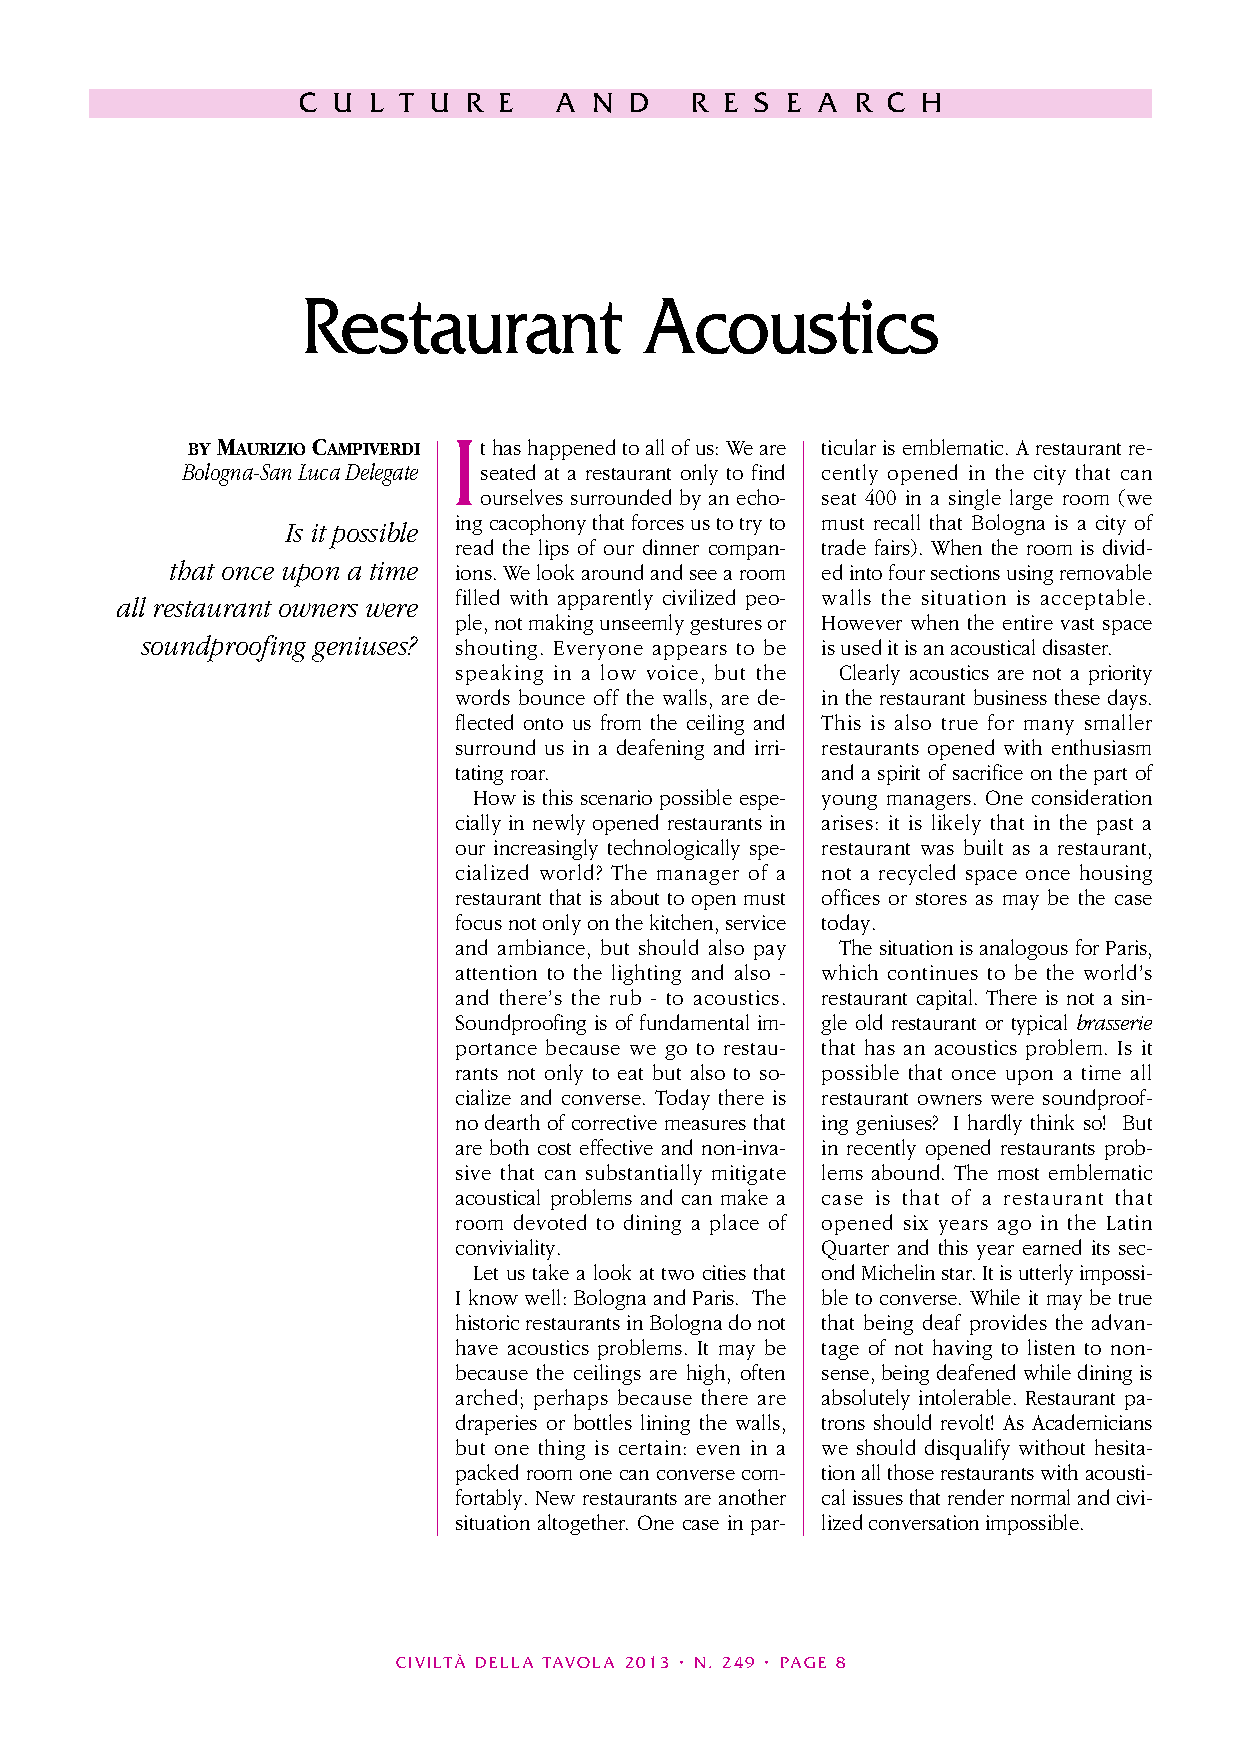
C U L T U  R E   A N  D   R E S E A  R C H
 Restaurant            Acoustics
 I
 BY MAURIZIO CAMPIVERDI t has happened to all of us: We are ticular is emblematic. A restaurant re-
 Bologna-San Luca Delegate seated at a restaurant only to find cently opened in the city that can
 ourselves surrounded by an echo- seat 400 in a single large room (we
 ing cacophony that forces us to try to must recall that Bologna is a city of
 Is it possible
 read the lips of our dinner compan- trade fairs). When the room is divid-
 that once upon a time ions. We look around and see a room ed into four sections using removable
 filled with apparently civilized peo- walls the situation is acceptable.
 all restaurant owners were
 ple, not making unseemly gestures or However when the entire vast space
 soundproofing geniuses? shouting. Everyone appears to be is used it is an acoustical disaster.
 speaking in a low voice, but the Clearly acoustics are not a priority
 words bounce off the walls, are de- in the restaurant business these days.
 flected onto us from the ceiling and This is also true for many smaller
 surround us in a deafening and irri- restaurants opened with enthusiasm
 tating roar.            and a spirit of sacrifice on the part of
 How is this scenario possible espe- young managers. One consideration
 cially in newly opened restaurants in arises: it is likely that in the past a
 our increasingly technologically spe- restaurant was built as a restaurant,
 cialized world? The manager of a not a recycled space once housing
 restaurant that is about to open must offices or stores as may be the case
 focus not only on the kitchen, service today.
 and ambiance, but should also pay The situation is analogous for Paris,
 attention to the lighting and also - which continues to be the world’s
 and there’s the rub - to acoustics. restaurant capital. There is not a sin-
 Soundproofing is of fundamental im- gle old restaurant or typical brasserie
 portance because we go to restau- that has an acoustics problem. Is it
 rants not only to eat but also to so- possible that once upon a time all
 cialize and converse. Today there is restaurant owners were soundproof-
 no dearth of corrective measures that ing geniuses? I hardly think so! But
 are both cost effective and non-inva- in recently opened restaurants prob-
 sive that can substantially mitigate lems abound. The most emblematic
 acoustical problems and can make a case is that of a restaurant that
 room devoted to dining a place of opened six years ago in the Latin
 conviviality.           Quarter and this year earned its sec-
 Let us take a look at two cities that ond Michelin star. It is utterly impossi-
 I know well: Bologna and Paris. The ble to converse. While it may be true
 historic restaurants in Bologna do not that being deaf provides the advan-
 have acoustics problems. It may be tage of not having to listen to non-
 because the ceilings are high, often sense, being deafened while dining is
 arched; perhaps because there are absolutely intolerable. Restaurant pa-
 draperies or bottles lining the walls, trons should revolt! As Academicians
 but one thing is certain: even in a we should disqualify without hesita-
 packed room one can converse com- tion all those restaurants with acousti-
 fortably. New restaurants are another cal issues that render normal and civi-
 situation altogether. One case in par- lized conversation impossible.
 CIVILTÀ DELLA TAVOLA 2013 • N. 249 • PAGE 8